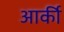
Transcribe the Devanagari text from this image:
आर्की